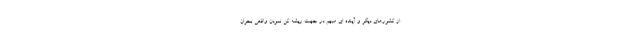
از كشورهاي ديگر و آينده اي مبهم در جهت ریشه کن نمودن واقعي بحران.